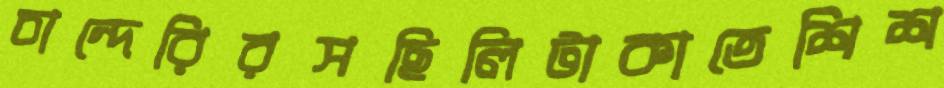
চান্দেরিরসছিলিটাকাতেশিশ